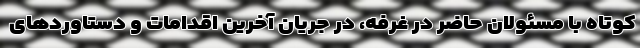
کوتاه با مسئولان حاضر در غرفه، در جریان آخرین اقدامات و دستاوردهای